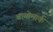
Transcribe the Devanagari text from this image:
बायोमार्क